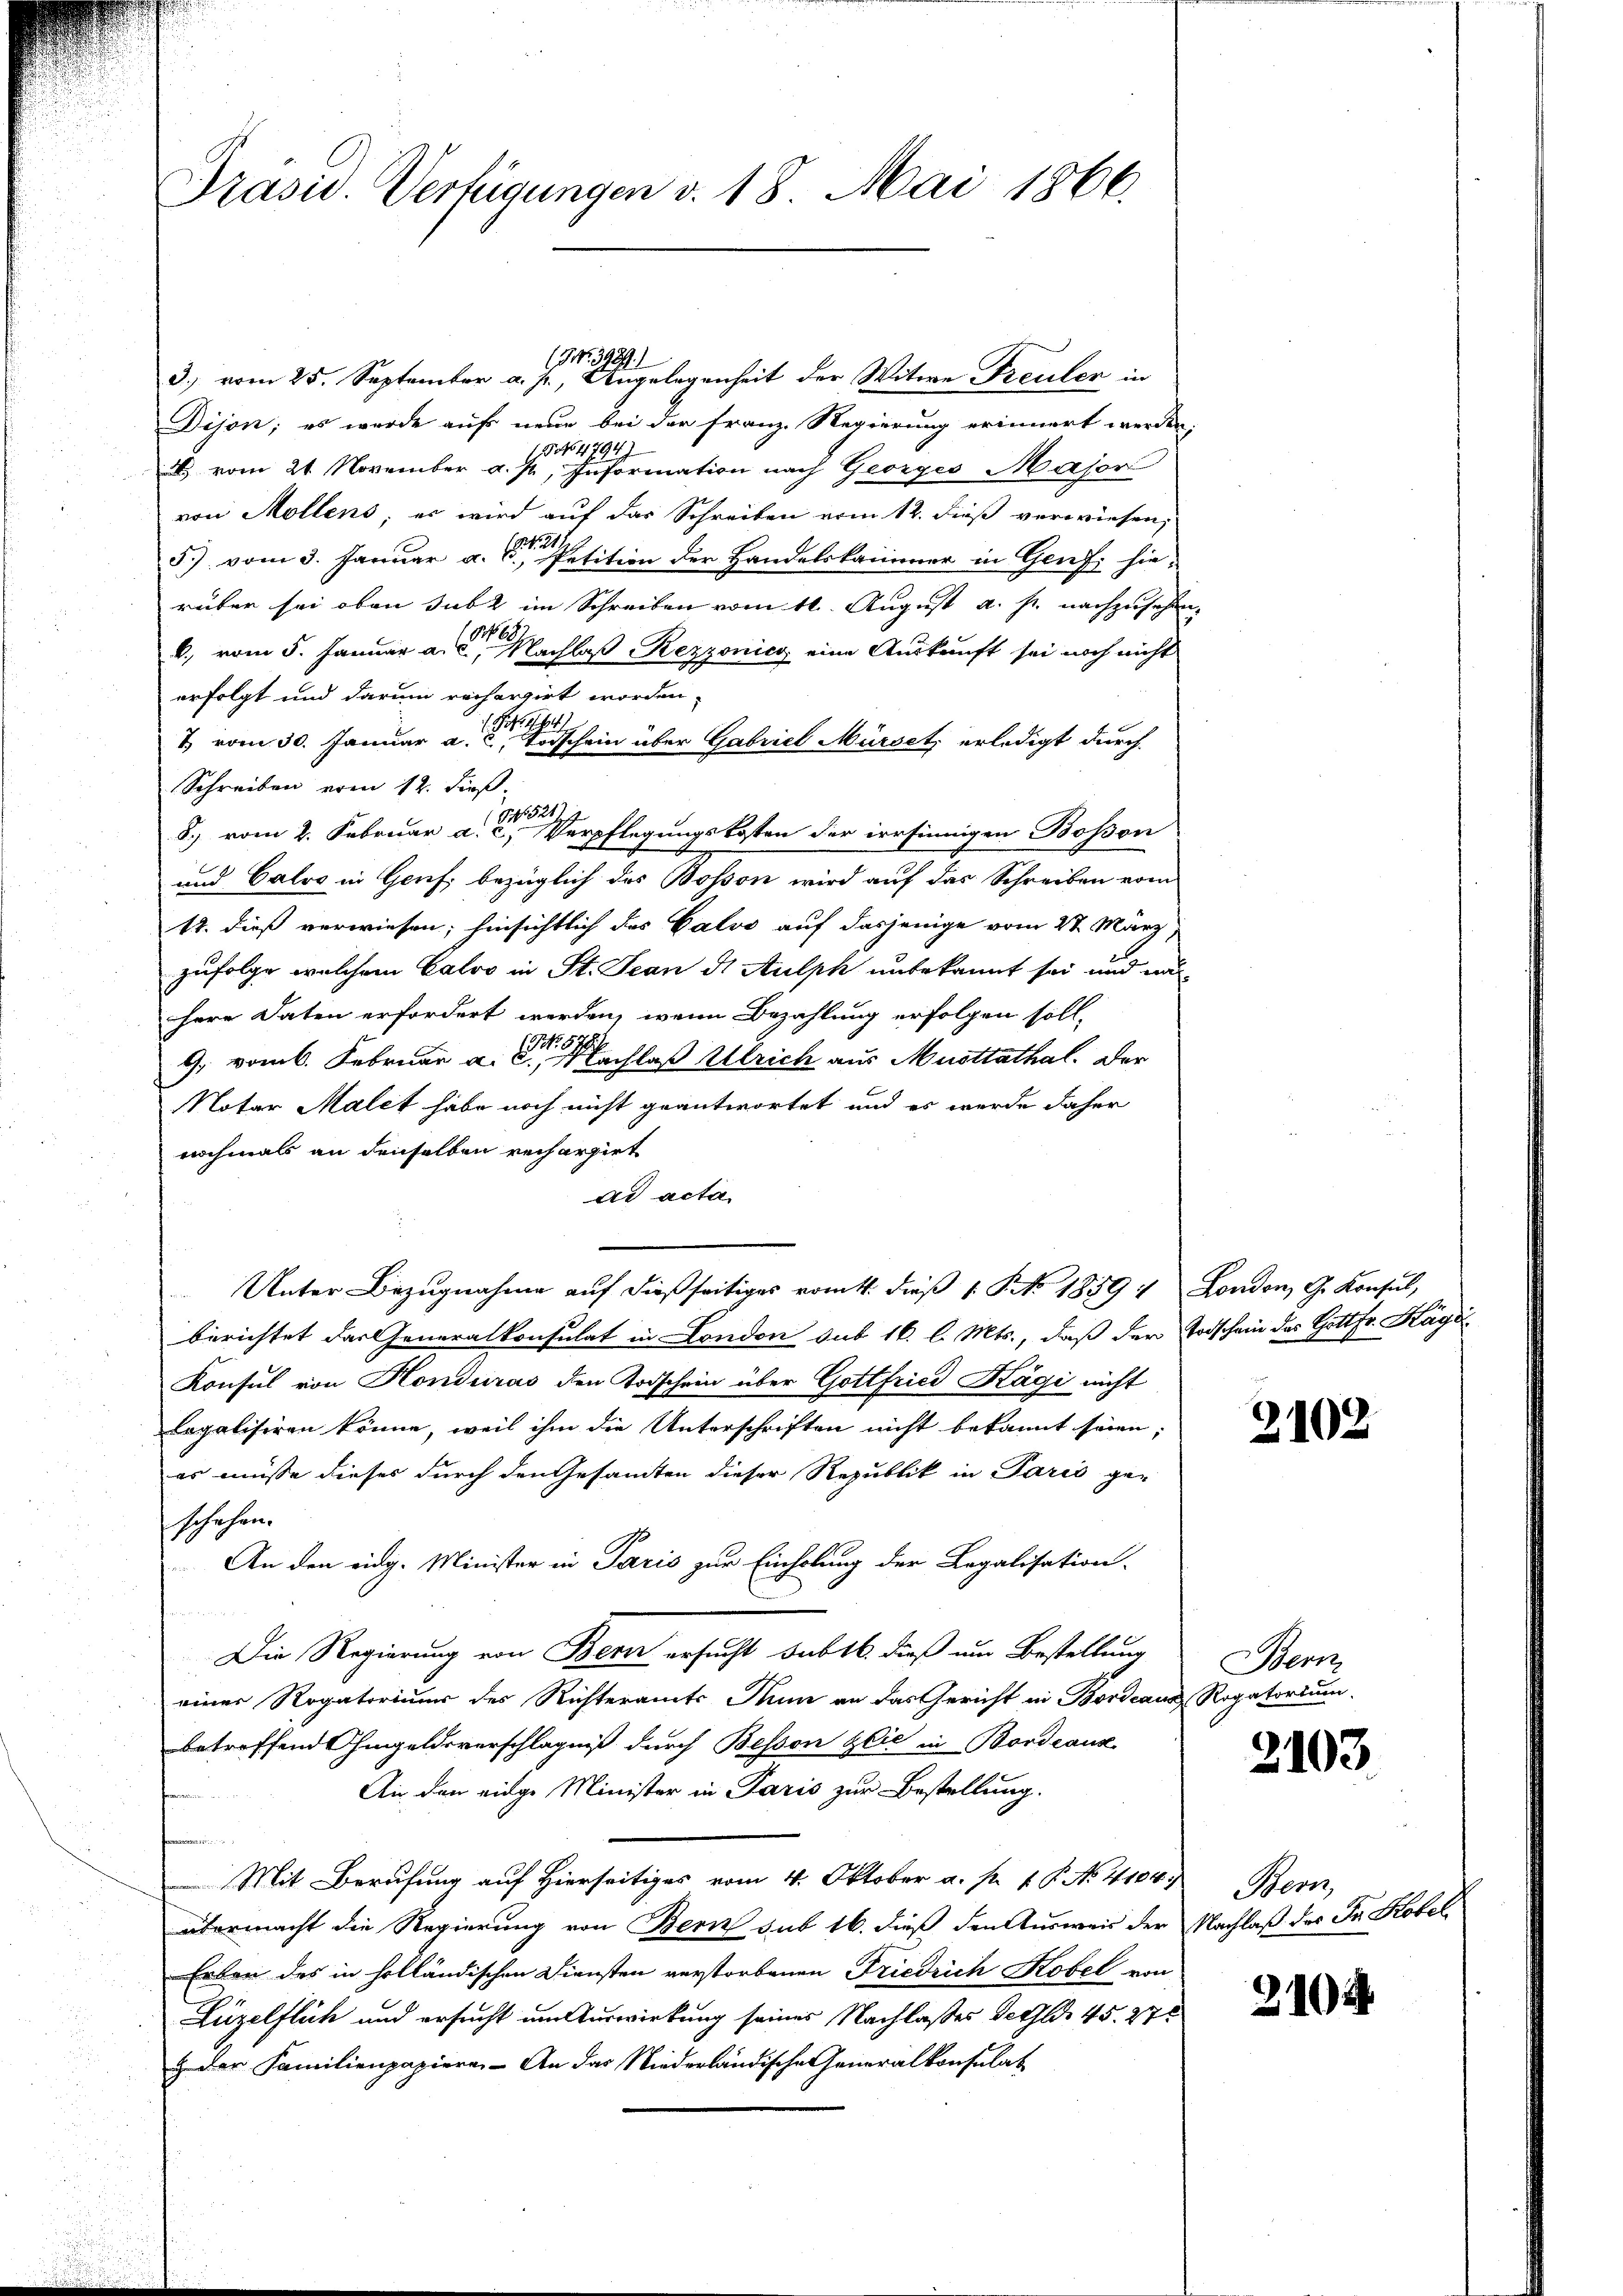
Präsid. Verfügungen v. 18. Mai 1866.

(NNo. 3489.
3.) vom 25. September a. p., Angelegenheit der Witwe Freuler in
Dijon; es wurde auf neue bei der Franz. Regierung erinnert werden,
15 No 4794)
) vom 21. November a. p., Information nach Georges Major
von Mollens, es wird auf das Schreiben vom 12. dieß verwiesen,
297
5) vom 3. Januar a. c., Petition der Handelskammer in Genf, hie-
rüber sei oben subt im Schreiben vom 16. August a. p. nachzusehen
b. vom 5. Januar a. g. Nachlaß Rezzonicz eine Auskunft sei noch nicht
erfolgt und darum recherzirt worden.
1. 464
1 vom 30. Januar a. c. Todschein über Gabriel Mürsetz erledigt durch
Schreiben vom 12. dieß.
8.) vom 2. Februar a. der Verpflegungskosten der irrsinnigen Bossen
und Calvo in Genf bezüglich des Bosson wird auf das Schreiben vom
12. dieß verwiesen; hinsichtlich des Galve auf dasjenige vom 27. März,
zufolge welchem Calvo in St. Jean die Aulph unbekannt sei und un
herr Daten erfordert werden, wenn Bezahlung erfolgen soll,
9, vom 6. Februar a. g. Nachlaß Ulrich aus Musttathal. Der
Notar Malet habe noch nicht geantwortet und es werde daher
nochmals an denselben rechargirt
ad acta
Unter Bezugnahme auf dießseitiges vom 4. dieß 1 NNo. 1859
berichtet das Generalkonsulat in London sub 16. l. Mts., daß der Todschein des Gottfr. Kägi¬
Konsul von Honduras den Todschein über Gottfried Kägi nicht
legalisiren könne, weil ihm die Unterschriften nicht bekannt seien;
es müsse dieses durch den Gesamten dieser Republik in Paris geschehen.
An den eidg. Minister in Paris zur Einholung der Legalisation-
Die Regierung von Bern ersucht sub 16. dieß um Bestellung
einer Rogatoriuum des Richteramts Nun an das Gericht in Bordeaus Rogatorium.
betreffend Ohmgeldsverschlägniß durch Bessen Glić in Bordeaux
An den einge Minister in Paris zur Bestellung.
Mit Berufung auf Hierseitiges vom 4. Oktober a. p. 1. P. No 4104.
übermacht die Regierung von Bern sub 16. dieß den Ausweis der
Erben des in holländischen Diensten verstorbenen Friedrich Kobel von
Lüzelflich und ersucht um Auswirkung seines Nachlasses Geld 45. 278
z der Familienpapiere. An das Niederländische eneralkonsulat

London, Gr. Konsul,

2102

Bern,

2103

Bern,
Nachlaß des Ja Kobel

210.